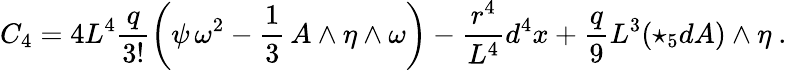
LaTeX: C_{4}=4L^{4}\frac{q}{3!}\left(\psi\, \omega^{2}-\frac{1}{3}\, A\wedge\eta\wedge\omega\right)-\frac{r^{4}}{L^{4}}d^{4}x+\frac{q}{9}L^{3}(\star_{5}dA)\wedge\eta\ .